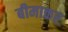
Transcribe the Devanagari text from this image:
बीमाकर